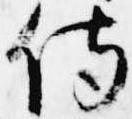
侍